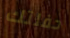
حفلتك